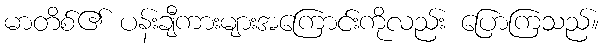
မာတိစ်၏ ပန်းချီကားများအကြောင်းကိုလည်း ပြောကြသည်။